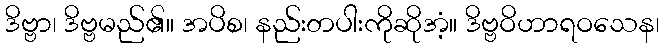
ဒိဗ္ဗာ၊ ဒိဗ္ဗမည်၏။ အပိစ၊ နည်းတပါးကိုဆိုအံ့။ ဒိဗ္ဗဝိဟာရဝသေန၊